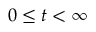
0 \le t < \infty